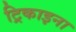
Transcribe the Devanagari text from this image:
ट्रिकाइना